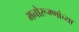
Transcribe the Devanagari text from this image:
मनोरूग्णांच्या